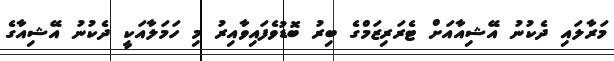
މަރާލައި ދެކުނު އޭޝިއާއަށް ޓެރަރިޒަމްގެ ބިރު ބޮޑުވެފައިވާއިރު މި ހަމަލާއަކީ ދެކުނު އޭޝިއާގެ